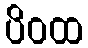
ပိဝထ